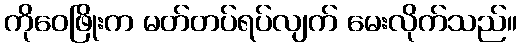
ကိုဝေဖြိုးက မတ်တပ်ရပ်လျက် မေးလိုက်သည်။